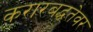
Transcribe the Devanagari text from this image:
करारबद्धतेवर